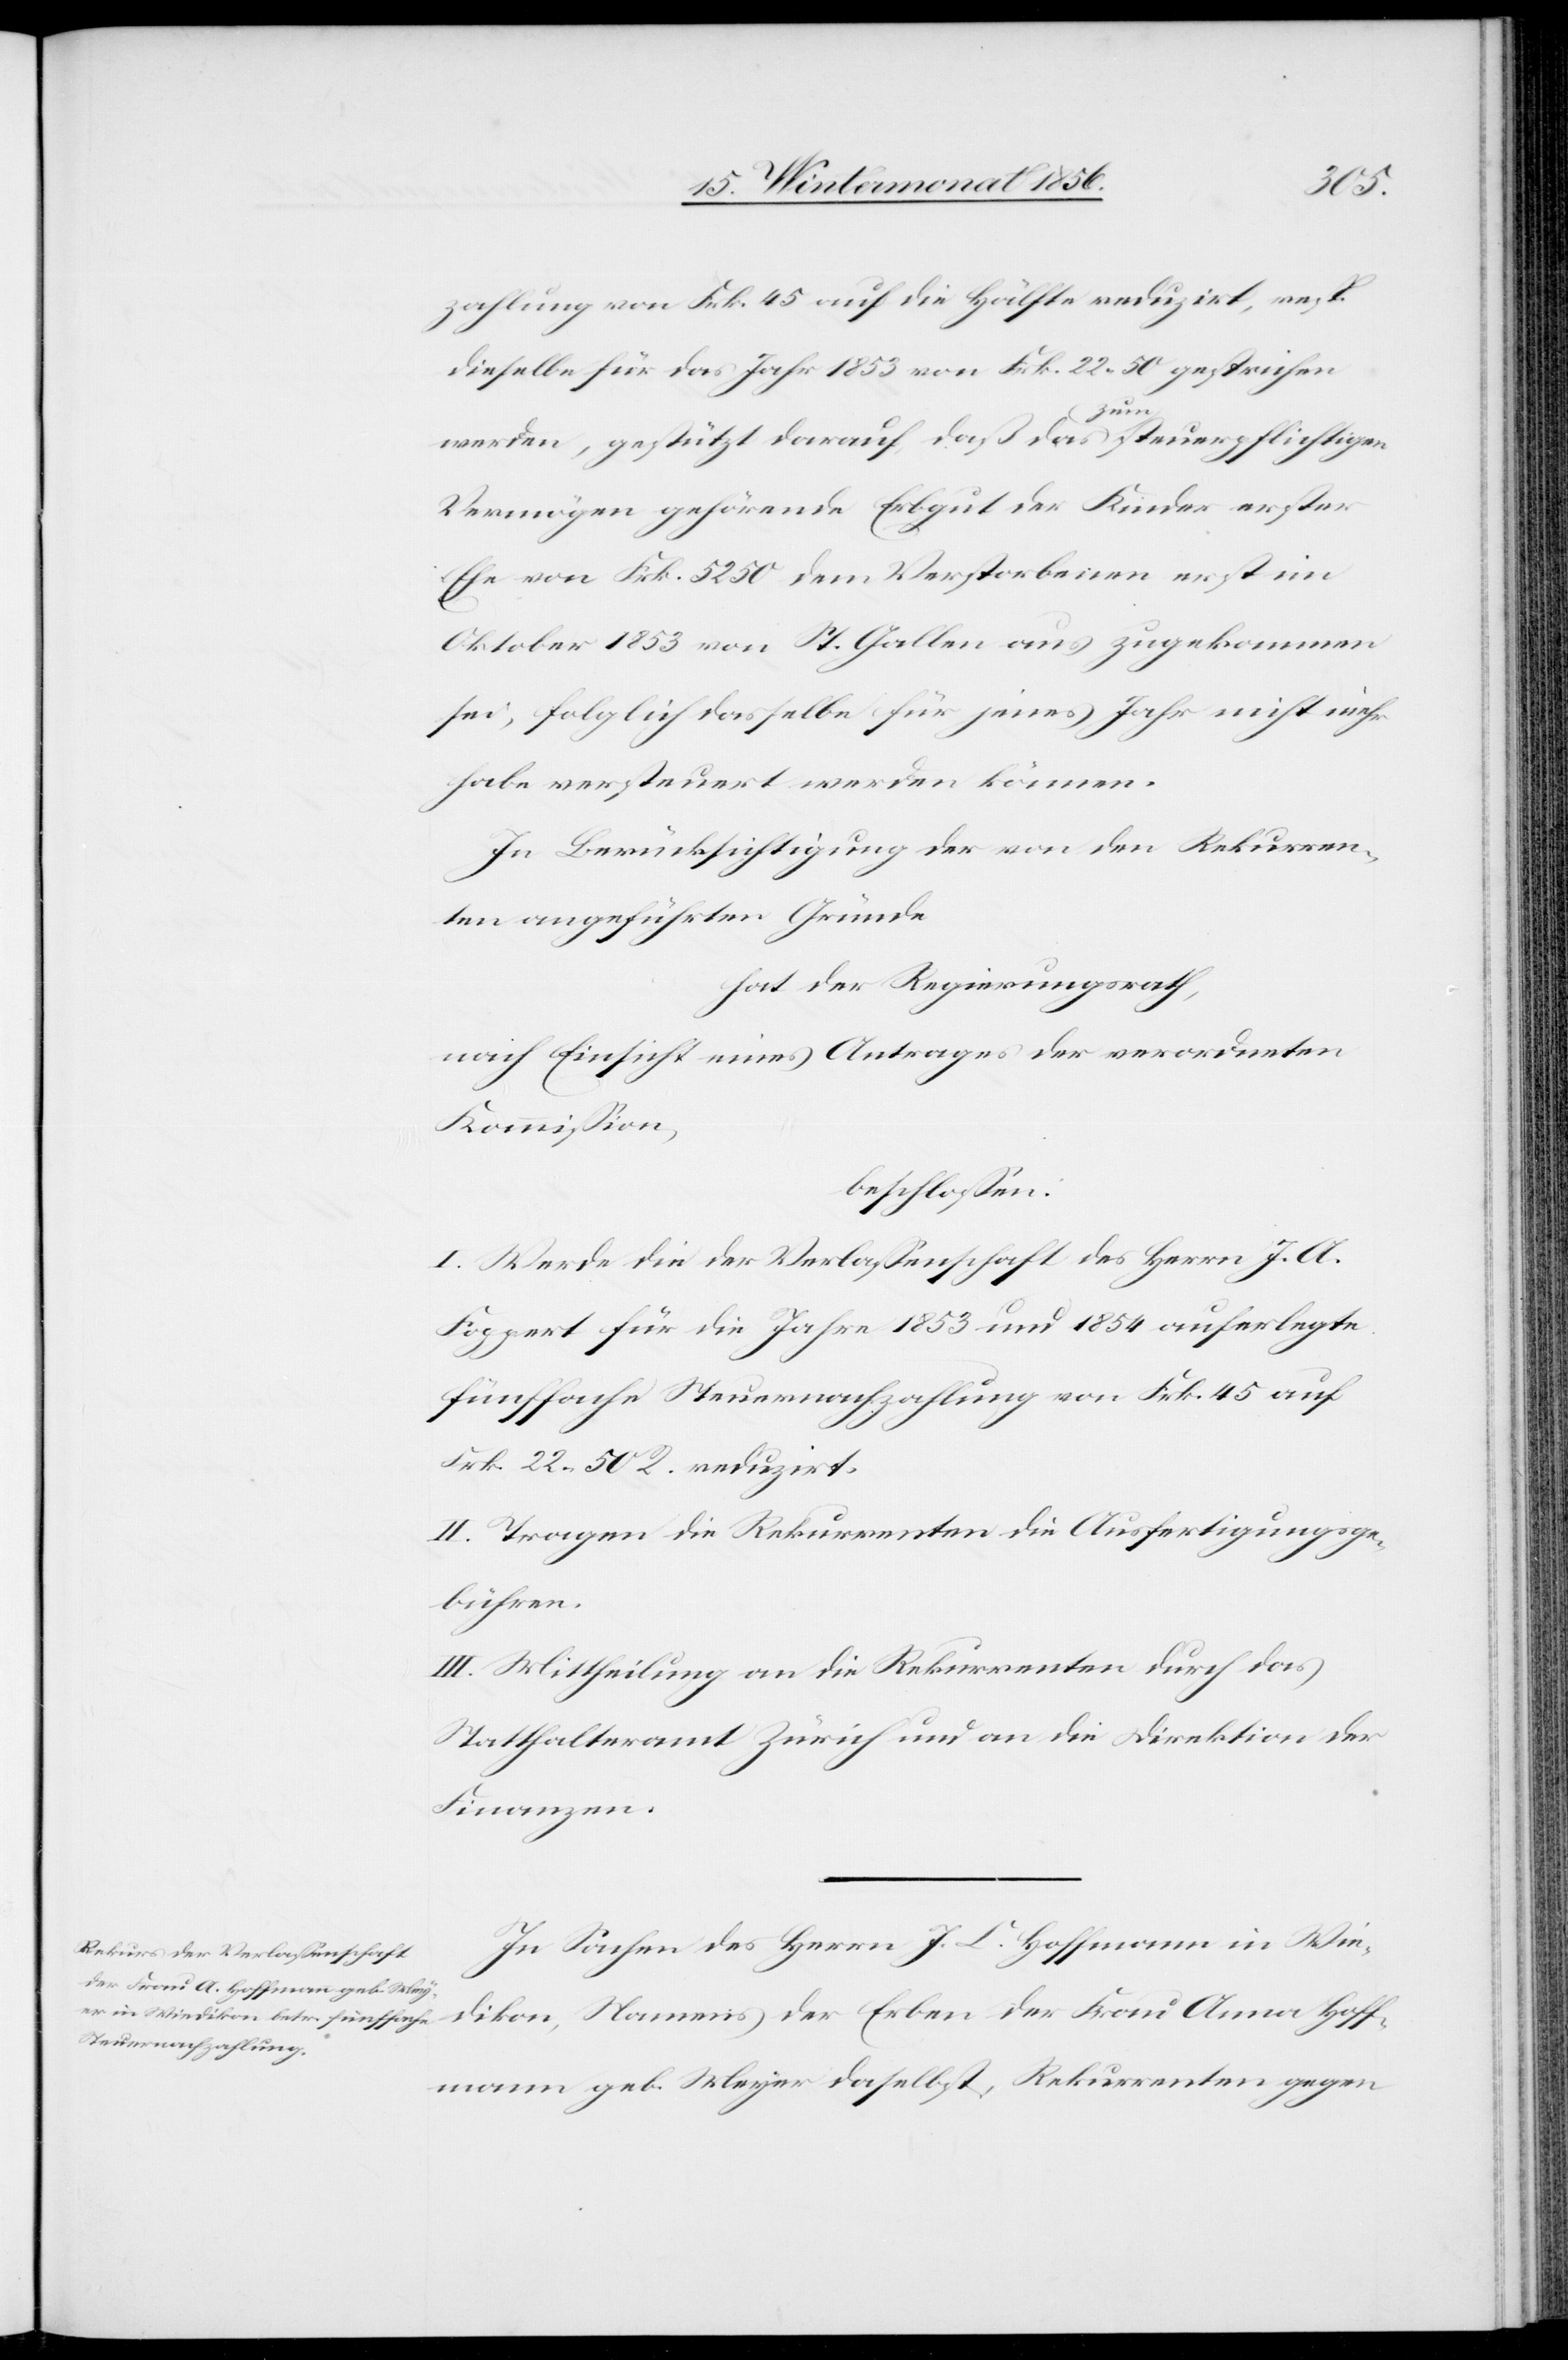
Hoff¬
zahlung von Frk. 45 auf die Hälfte reduzirt, resp.
dieselbe für das Jahr 1853 von Frk. 22. 50 gestrichen
werden, gestützt darauf, daß das a-zum-a steuerpflichtigen
Vermögen gehörende Erbgut der Kinder erster
Ehe von Frk. 5250 dem Verstorbenen erst im
Oktober 1853 von St. Gallen aus zugekommen
sei, folglich dasselbe für jenes Jahr nicht mehr
habe versteuert werden können.
In Berücksichtigung der von den Rekurren¬
ten angeführten Gründe
hat der Regierungsrath,
nach Einsicht eines Antrages der verordneten
Kommission,
beschlossen:
I. Werde die der Verlassenschaft des Herrn J. A.
Foppert für die Jahre 1853 und 1854 auferlegte
fünffache Steuernachzahlung von Frk. 45 auf
Frk. 22. 50 R. reduzirt.
II. Tragen die Rekurrenten die Ausfertigungsge¬
bühren.
III. Mittheilung an die Rekurrenten durch das
Statthalteramt Zürich und an die Direktion der
Finanzen.
In Sachen des Herrn J. C. Hoffmann in Wie¬
mann geb. Meyer daselbst, Rekurrenten gegen